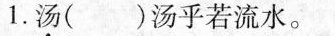
1.汤( )汤乎若流水。